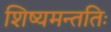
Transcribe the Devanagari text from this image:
शिष्यमन्ततिः